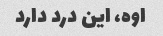
اوه، این درد دارد